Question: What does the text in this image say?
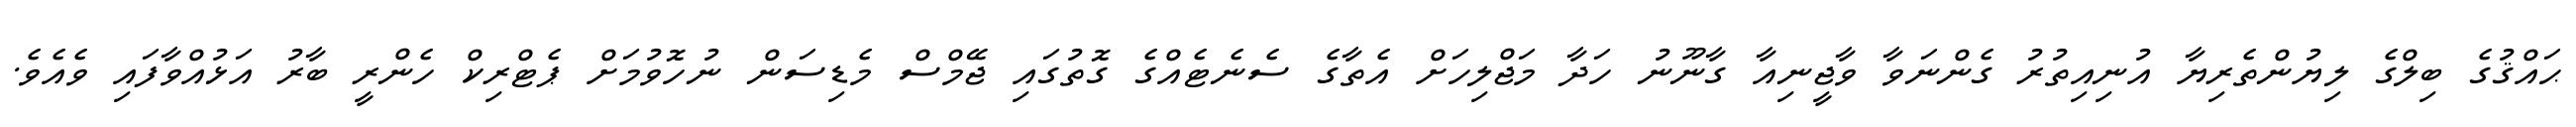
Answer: ޙައްޤުގެ ބިލްގެ ލިޔުންތެރިޔާ އުނިއިތުރު ގެންނަވާ ވާޖީނިއާ ގާނޫނު ހަދާ މަޖްލިހަށް އެތާގެ ސެނެޓެއްގެ ގޮތުގައި ޖޭމްސް މެޑިސަން ނުހޮވުމަށް ޕެޓްރިކް ހެންރީ ބާރު އަޅުއްވާފައި ވެއެވެ.